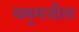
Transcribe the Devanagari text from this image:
चमूमधील